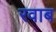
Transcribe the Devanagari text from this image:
रवाब